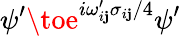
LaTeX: \psi^{\prime}\toe^{i\omega_{i\mathbf{j}}^{\prime}\sigma_{i\mathbf{j}}/4}\psi^{\prime}